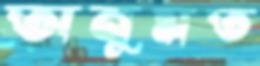
অনুমত